Annual administration report of the Civil Veterinary Department of India - 1896-1897
Year: 1896
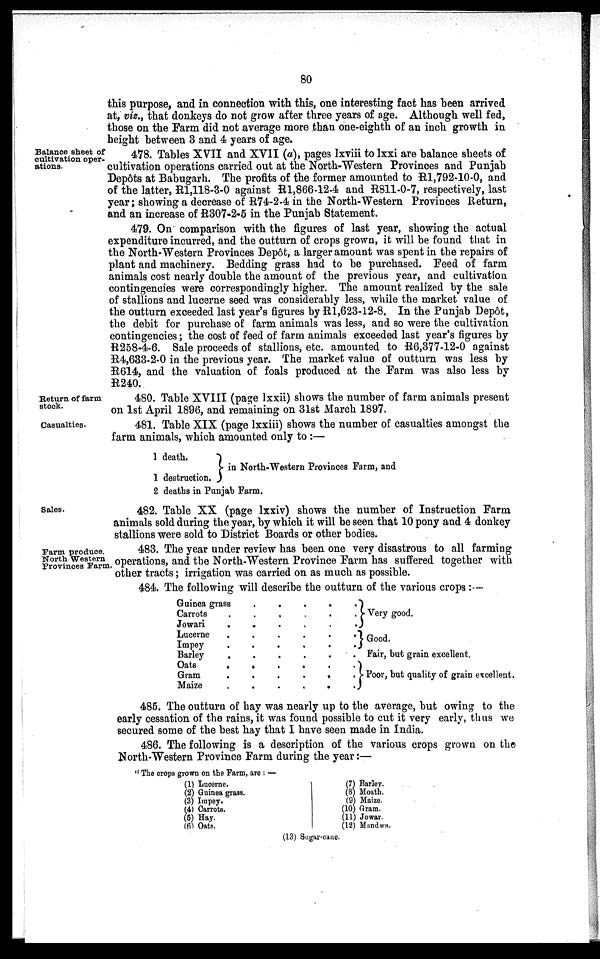
80
this purpose, and in connection with this, one interesting fact has been arrived
at, viz., that donkeys do not grow after three years of age. Although well fed,
those on the Farm did not average more than one-eighth of an inch growth in
height between 3 and 4 years of age.
Balance sheet of
cultivation oper-
ations.
478. Tables XVII and XVII (a), pages lxviii to lxxi are balance sheets of
cultivation operations carried out at the North-Western Provinces and Punjab
Depôts at Babugarh. The profits of the former amounted to R1,792-10-0, and
of the latter, R1,118-3-0 against R1,866-12-4 and R811-0-7, respectively, last
year; showing a decrease of R74-2-4 in the North-Western Provinces Return,
and an increase of R307-2-5 in the Punjab Statement.
479. On comparison with the figures of last year, showing the actual
expenditure incurred, and the outturn of crops grown, it will be found that in
the North-Western Provinces Depôt, a larger amount was spent in the repairs of
plant and machinery. Bedding grass had to be purchased. Feed of farm
animals cost nearly double the amount of the previous year, and cultivation
contingencies were correspondingly higher. The amount realized by the sale
of stallions and lucerne seed was considerably less, while the market value of
the outturn exceeded last year's figures by R1,623-12-8. In the Punjab Depôt,
the debit for purchase of farm animals was less, and so were the cultivation
contingencies; the cost of feed of farm animals exceeded last year's figures by
R258-4-6. Sale proceeds of stallions, etc. amounted to R6,377-12-0 against
R4,633-2-0 in the previous year. The market value of outturn was less by
R614, and the valuation of foals produced at the Farm was also less by
R240.
Return of farm
stock.
480. Table XVIII (page lxxii) shows the number of farm animals present
on 1st April 1896, and remaining on 31st March 1897.
Casualties.
481. Table XIX (page lxxiii) shows the number of casualties amongst the
farm animals, which amounted only to:—
1 death.
1
destruction.
in North-Western Provinces Farm, and
2 deaths in Punjab Farm.
Sales.
482. Table XX (page lxxiv) shows the number of Instruction Farm
animals sold during the year, by which it will be seen that 10 pony and 4 donkey
stallions were sold to District Boards or other bodies.
Farm produce.
North Western
Provinces Farm.
483. The year under review has been one very disastrous to all farming
operations, and the North-Western Province Farm has suffered together with
other tracts; irrigation was carried on as much as possible.
484. The following will describe the outturn of the various crops :—
Guinea grass
.
.
Carrots . . .
Jowari . . .
Lucerne . . .
Impey
. . .
Barley . . .
Oats . . .
Gram
….
Maize . . . .
.
.
.
.
.
.
.
.
.
. .
. .
. .
. .
. .
. .
. .
. . .
. .
Very good.
Good.
Fair, but grain excellent.
Poor, but quality of grain excellent.
485. The outturn of hay was nearly up to the average, but owing to the
early cessation of the rains, it was found possible to cut it very early, thus we
secured some of the best hay that I have seen made in India.
486. The following is a description of the various crops grown on the
North-Western Province Farm during the year:—
"The crops grown on the Farm, are:—
(1) Lucerne.
(2) Guinea grass.
(3) Impey.
(4) Carrots.
(5) Hay.
(6) Oats.
(7) Barley.
(8) Moath.
(9) Maize.
(10) Gram.
(11) Jowar.
(12) Mandwa.
(13) Sugar-cane.